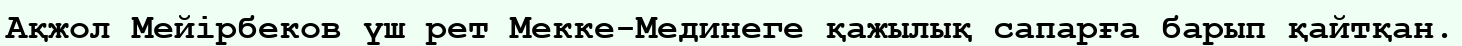
Ақжол Мейірбеков үш рет Мекке-Мединеге қажылық сапарға барып қайтқан.